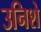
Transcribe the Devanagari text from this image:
उनिशे